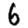
Digit: 6